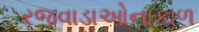
રજવાડાઓનાકાળ